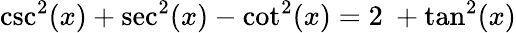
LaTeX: \csc^{2}(x)+\sec^{2}(x)-\cot^{2}(x)=2\ +\tan^{2}(x)